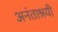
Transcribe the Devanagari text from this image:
अनंताश्रयी